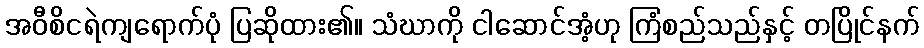
အဝီစိငရဲကျရောက်ပုံ ပြဆိုထား၏။ သံဃာကို ငါဆောင်အံ့ဟု ကြံစည်သည်နှင့် တပြိုင်နက်